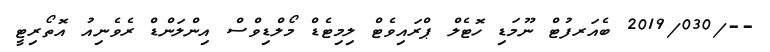
--/2019/030 ބެއަރފުޓް ނޫމަޑި ހޮޓެލް ޕްރައިވެޓް ލިމިޓެޑް މޯލްޑިވްސް އިންލަންޑް ރެވެނިއު އޮތޯރިޓީ